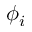
\phi _ { i }